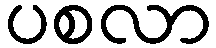
ပစလာ